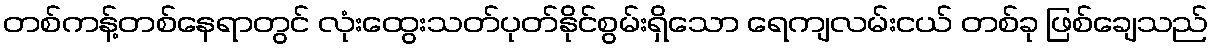
တစ်ကန့်တစ်နေရာတွင် လုံးထွေးသတ်ပုတ်နိုင်စွမ်းရှိသော ရေကျလမ်းငယ် တစ်ခု ဖြစ်ချေသည်